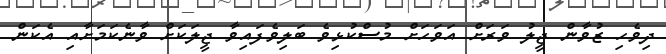
ދިވެހި ޒުވާން ޖީލު ވަރަށް އަވަހަށް މުސްކުޅިވެ ބަލިވެފައިވާ ޖީލަކަށް ވާނެކަމަށާއި އެކަން